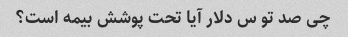
چی صد تو س دلار آیا تحت پوشش بیمه است؟